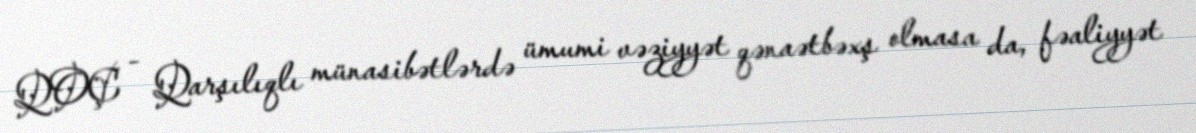
QOÇ - Qarşılıqlı münasibətlərdə ümumi vəziyyət qənaətbəxş olmasa da, fəaliyyət